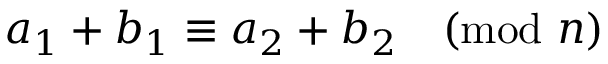
a _ { 1 } + b _ { 1 } \equiv a _ { 2 } + b _ { 2 } { \pmod { n } }